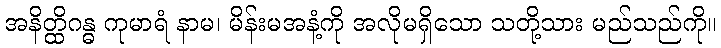
အနိတ္ထိဂန္ဓ ကုမာရံ နာမ၊ မိန်းမအနံ့ကို အလိုမရှိသော သတို့သား မည်သည်ကို။